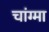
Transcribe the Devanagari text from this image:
चांग्मा